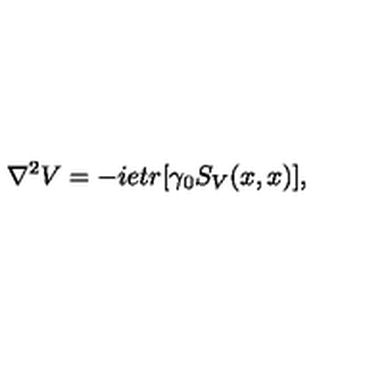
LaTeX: \nabla ^ { 2 } V = - i e t r [ \gamma _ { 0 } S _ { V } ( x , x ) ] ,